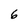
Character: 6